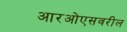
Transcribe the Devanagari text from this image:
आरओएसवरील